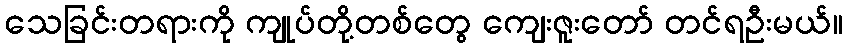
သေခြင်းတရားကို ကျုပ်တို့တစ်တွေ ကျေးဇူးတော် တင်ရဦးမယ်။